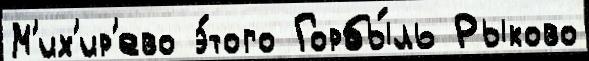
М'их'ир'ево э́того Горбы́ль Рыково